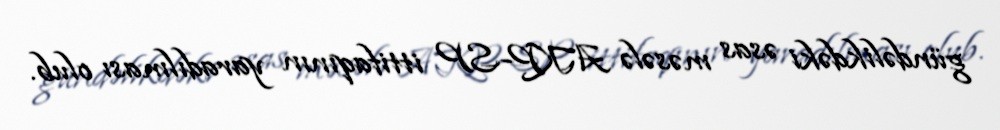
gündəlikdəki əsas məsələ AKP-SP ittifaqının yaradılması olub.